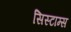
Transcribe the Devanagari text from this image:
सिस्टाम्स